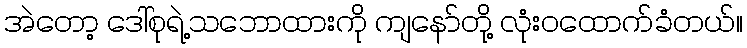
အဲတော့ ဒေါ်စုရဲ့သဘောထားကို ကျနော်တို့ လုံးဝထောက်ခံတယ်။